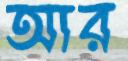
আর